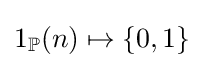
1_{\mathbb {P} }(n)\mapsto \{0,1\}